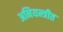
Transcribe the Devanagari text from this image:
अनियन्त्रीत